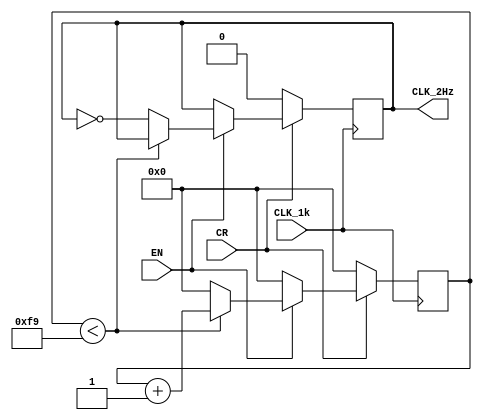
`timescale 1ns / 1ps
//////////////////////////////////////////////////////////////////////////////////
// Company: 
// 
// Design Name: 
// Module Name: FrequencyDivider_2Hz
// Project Name: 
// Target Devices: 
// Tool Versions: 
// Description: 
// 
// Dependencies: 
// 
// Revision:
// Revision 0.01 - File Created
// Additional Comments:
// 
//////////////////////////////////////////////////////////////////////////////////

module FrequencyDivider_2hz(
    input CLK_1k,
    input CR,
    input EN,
    output reg CLK_2Hz = 0
);
    reg [7:0] state;
    always @(posedge CLK_1k)
        begin
            if (~CR)
                begin
                    CLK_2Hz <= 0;
                    state <= 0;
                end
            else if (~EN)
                begin 
                    CLK_2Hz <= CLK_2Hz;
                    state <= 0;
                end
        else if (state < 249) state <= state + 1'b1;
        else
            begin
                state <= 0;
                CLK_2Hz <= ~CLK_2Hz;
            end
    end
endmodule